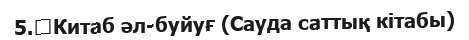
5.	Китаб әл-буйуғ (Сауда саттық кітабы)